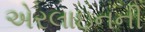
એરલાઇનની